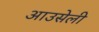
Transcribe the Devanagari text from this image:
आउसेली